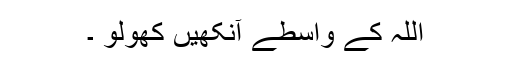
اللہ کے واسطے آنکھیں کھولو ۔